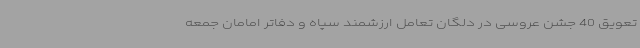
تعویق 40 جشن عروسی در دلگان تعامل ارزشمند سپاه و دفاتر امامان جمعه